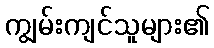
ကျွမ်းကျင်သူများ၏